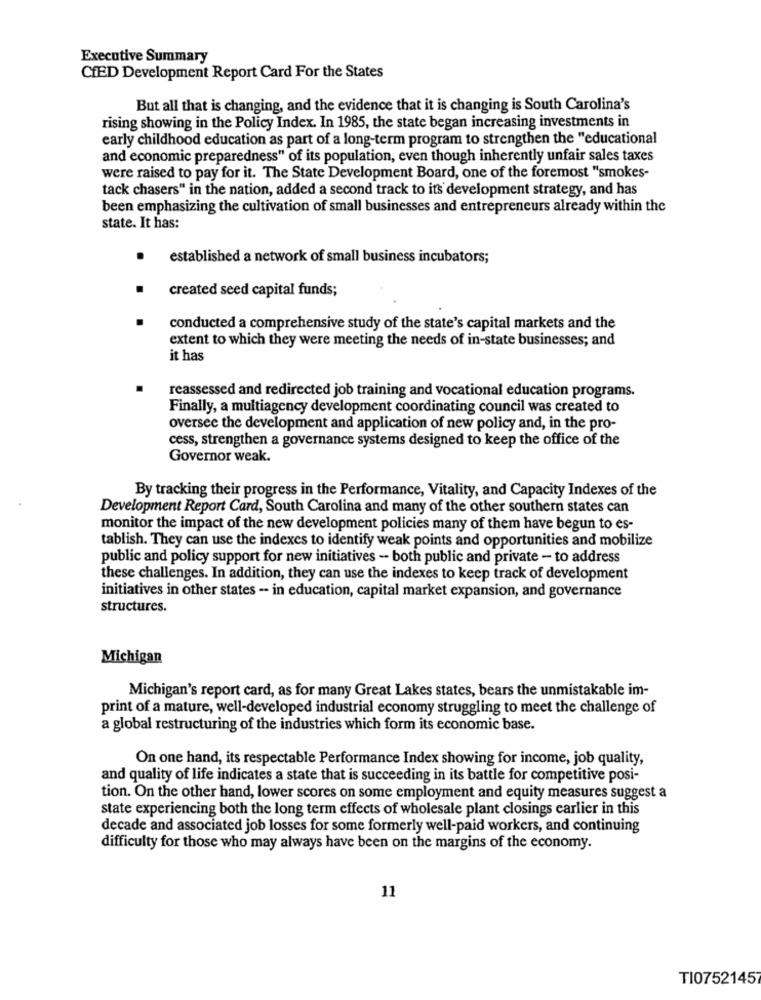
Executive Summary
CfED Development Report Card For the States
But all that is changing, and the evidence that it is changing is South Carolina's
rising showing in the Policy Index. In 1985, the state began increasing investments in
early childhood education as part of a long-term program to strengthen the "educational
and economic preparedness" of its population, even though inherently unfair sales taxes
were raised to pay for it. The State Development Board, one of the foremost "smokes-
tack chasers" in the nation, added a second track to its development strategy, and has
been emphasizing the cultivation of small businesses and entrepreneurs already within the
state. It has:
.
established a network of small business incubators;
created seed capital funds;
conducted a comprehensive study of the state's capital markets and the
extent to which they were meeting the needs of in-state businesses; and
it has
reassessed and redirected job training and vocational education programs.
Finally, a multiagency development coordinating council was created to
oversee the development and application of new policy and, in the pro-
cess, strengthen a governance systems designed to keep the office of the
Governor weak.
By tracking their progress in the Performance, Vitality, and Capacity Indexes of the
Development Report Card, South Carolina and many of the other southern states can
monitor the impact of the new development policies many of them have begun to es-
tablish. They can use the indexes to identify weak points and opportunities and mobilize
public and policy support for new initiatives - both public and private - to address
these challenges. In addition, they can use the indexes to keep track of development
initiatives in other states - in education, capital market expansion, and governance
structures.
Michigan
Michigan's report card, as for many Great Lakes states, bears the unmistakable im-
print of a mature, well-developed industrial economy struggling to meet the challenge of
a global restructuring of the industries which form its economic base.
On one hand, its respectable Performance Index showing for income, job quality,
and quality of life indicates a state that is succeeding in its battle for competitive posi-
tion. On the other hand, lower scores on some employment and equity measures suggest a
state experiencing both the long term effects of wholesale plant closings earlier in this
decade and associated job losses for some formerly well-paid workers, and continuing
difficulty for those who may always have been on the margins of the economy.
11
TI07521457